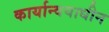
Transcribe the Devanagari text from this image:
कार्यान्वयाधीन